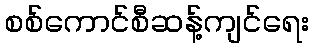
စစ်ကောင်စီဆန့်ကျင်ရေး